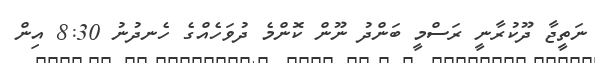
ނަތީޖާ ދޫކުރާނީ ރަސްމީ ބަންދު ނޫން ކޮންމެ ދުވަހެއްގެ ހެނދުނު 8:30 އިން